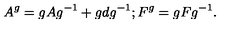
A ^ { g } = g A g ^ { - 1 } + g d g ^ { - 1 } ; F ^ { g } = g F g ^ { - 1 } .